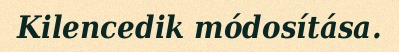
Kilencedik módosítása.